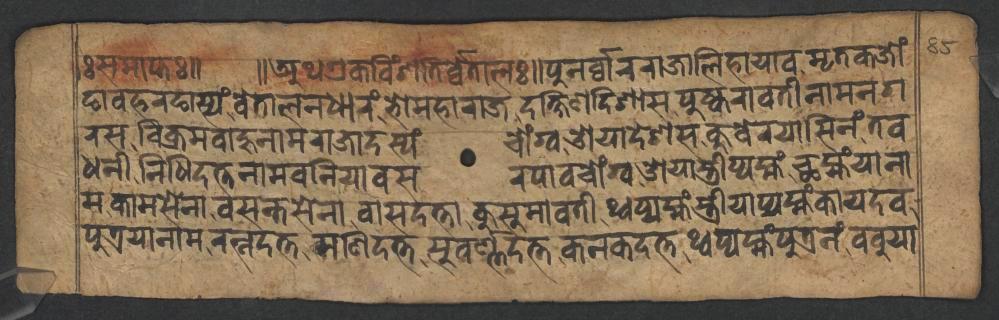
𑑅𑐳𑐩𑐵𑐥𑑂𑐟𑑅𑑌 𑑌𑐀𑐠𑐊𑐎𑐰𑐶𑑄𑐱𑐟𑐶𑐬𑑂𑐰𑑂𑐰𑐾𑐟𑐵𑐮𑑅𑑌𑐥𑐸𑐣𑐬𑑂𑐰𑑂𑐰𑐵𑐬𑐬𑐵𑐖𑐵𑐮𑐶𑐴𑐵𑐫𑐵𑐰𑐩𑐺𑐟𑐎𑐖𑑀𑑄 𑐒𑐵𑐰𑐴𑐬𑐒𑐵𑐳𑑂𑐫𑑄𑐰𑐾𑐟𑐵𑐮𑐣𑐢𑐵𑐬𑑄𑐨𑑀𑐩𑐴𑐵𑐬𑐵𑐖𑐡𑐎𑑂𑐲𑐶𑐞𑐡𑐶𑐱𑐵𑐳𑐥𑐸𑐲𑑂𑐎𑐬𑐵𑐰𑐟𑐷𑐣𑐵𑐩𑐣𑐐 𑐬𑐳𑐰𑐶𑐎𑑂𑐬𑐩𑐧𑐵𑐴𑐸𑐣𑐵𑐩𑐬𑐵𑐖𑐵𑐡𑐳𑑂𑐫𑑄𑐔𑑀𑑄𑐐𑑂𑐰𑐌𑐫𑐵𑐡𑐾𑐱𑐳𑐎𑐸𑐧𑐾𑐬𑐫𑐵𑐳𑐶𑐣𑑄𑐟𑐰 𑐢𑐣𑐷𑐣𑐶𑐢𑐶𑐡𑐟𑑂𑐟𑐣𑐵𑐩𑐧𑐣𑐶𑐫𑐵𑐧𑐳𑐬𑐥𑐵𑐰𑐔𑑀𑑄𑐐𑑂𑐰𑐌𑐫𑐵𑐳𑑂𑐟𑑂𑐬𑐷𑐥𑑂𑐫𑐩𑑂𑐴𑑄𑐕𑐩𑑂𑐴𑑄𑐫𑐵𑐣𑐵 𑐩𑐎𑐵𑐩𑐳𑐾𑐣𑐵𑐰𑐳𑐣𑑂𑐟𑐳𑐾𑐣𑐵𑐰𑐵𑐳𑐡𑐟𑑂𑐟𑐵𑐎𑐸𑐳𑐸𑐩𑐵𑐰𑐟𑐷𑐠𑑂𑐰𑐥𑑂𑐫𑐩𑑂𑐴𑑄𑐳𑑂𑐟𑑂𑐬𑐷𑐫𑐵𑐥𑑂𑐫𑐩𑑂𑐴𑑄𑐎𑐵𑐫𑐡𑐰 𑐥𑐸𑐟𑑂𑐬𑐫𑐵𑐣𑐵𑐩𑐬𑐟𑑂𑐣𑐡𑐟𑑂𑐟𑐩𑐞𑐶𑐡𑐟𑑂𑐟𑐳𑐸𑐰𑐬𑑂𑐞𑑂𑐞𑐡𑐟𑑂𑐟𑐎𑐣𑐎𑐡𑐟𑑂𑐟𑐠𑑂𑐰𑐥𑑂𑐫𑐩𑑂𑐴𑑄𑐥𑐸𑐟𑑂𑐬𑐣𑑄𑐧𑐧𑐸𑐫𑐵